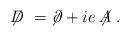
LaTeX: \begin{align*} \not \!\! D \;=\; \not \!\partial + i e \not \!\! A \;.\end{align*}